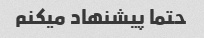
حتما پیشنهاد میکنم